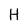
Character: H